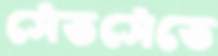
সেঁতসেঁতে